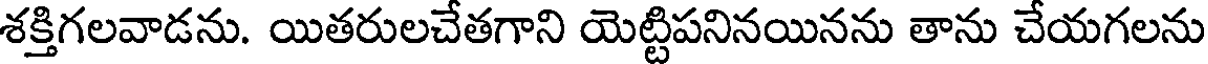
శక్తిగలవాడను. యితరులచేతగాని యెట్టిపనినయినను తాను చేయగలను